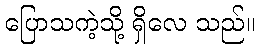
ပြောသကဲ့သို့ ရှိလေ သည်။